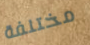
مختلفة